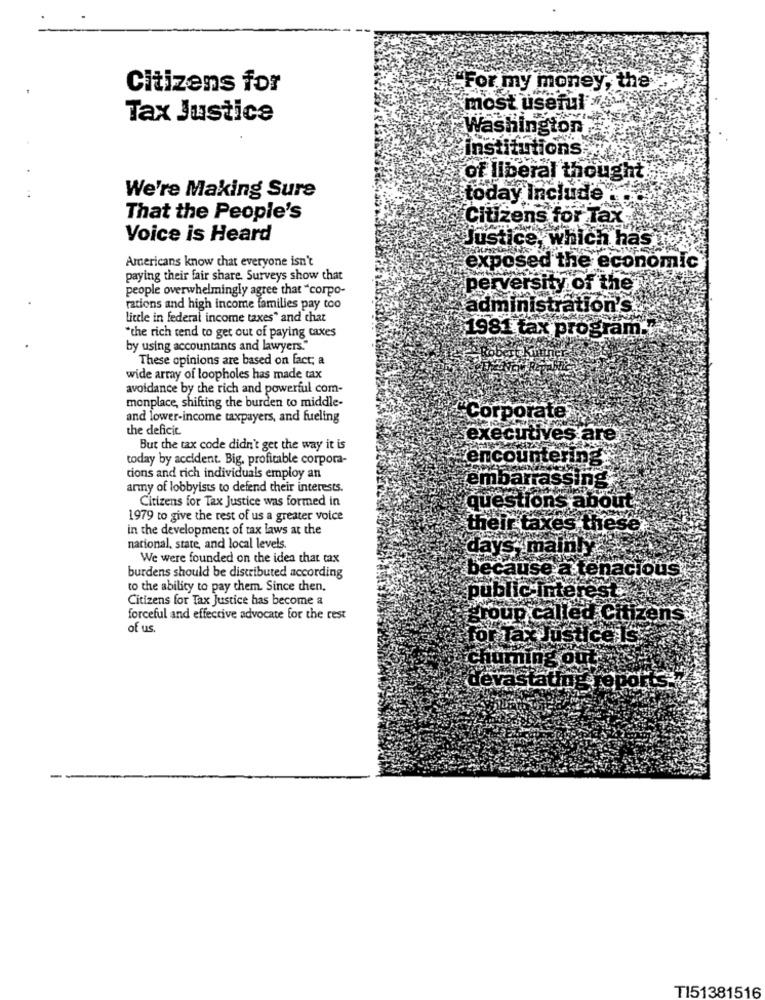
Citizens for
"For my money, the
most useful #1
Tax Justice
Washington
institutions;
of liberal thoug
We're Making Sure
today Include
That the People's
Citizens for Tax
Voice is Heard
Justice, which has
Americans know that everyone isn't
exposed the economic
paying their fair share. Surveys show that
people overwhelmingly agree that "corpo-
perversity of the
rations and high income families pay too
administration's
little in federal income taxes" and chat
1981 tax program."
"the rich tend to get out of paying taxes
by using accountants and lawyers."
These opinions are based on fact; a
wide array of loopholes has made tax
avoidance by the rich and powerful com-
monplace, shifting the burden to middle-
and lower-income taxpayers, and fueling
"Corporate
the deficit.
executives are
But the tax code didn't get the way it is
today by accident. Big, profitable corpora-
encountering.
cions and rich individuals employ an
embarrassing,
army of lobbyists to defend their interests.
Citizens for Tax Justice was formed in
questions about.
1979 to give the rest of us a greater voice
in the development of tax laws at the
their taxes these.
national, state, and local levels.
We were founded on the idea that tax
days"mainly
because à tenacious
burdens should be distributed according
to the ability to pay them. Since then,
Citizens for Tax Justice has become a
public interest
forceful and effective advocate for the rest
group called Citizens
of us.
for Tax Justice Is.
chuming out
devastating repor
-
TI51381516